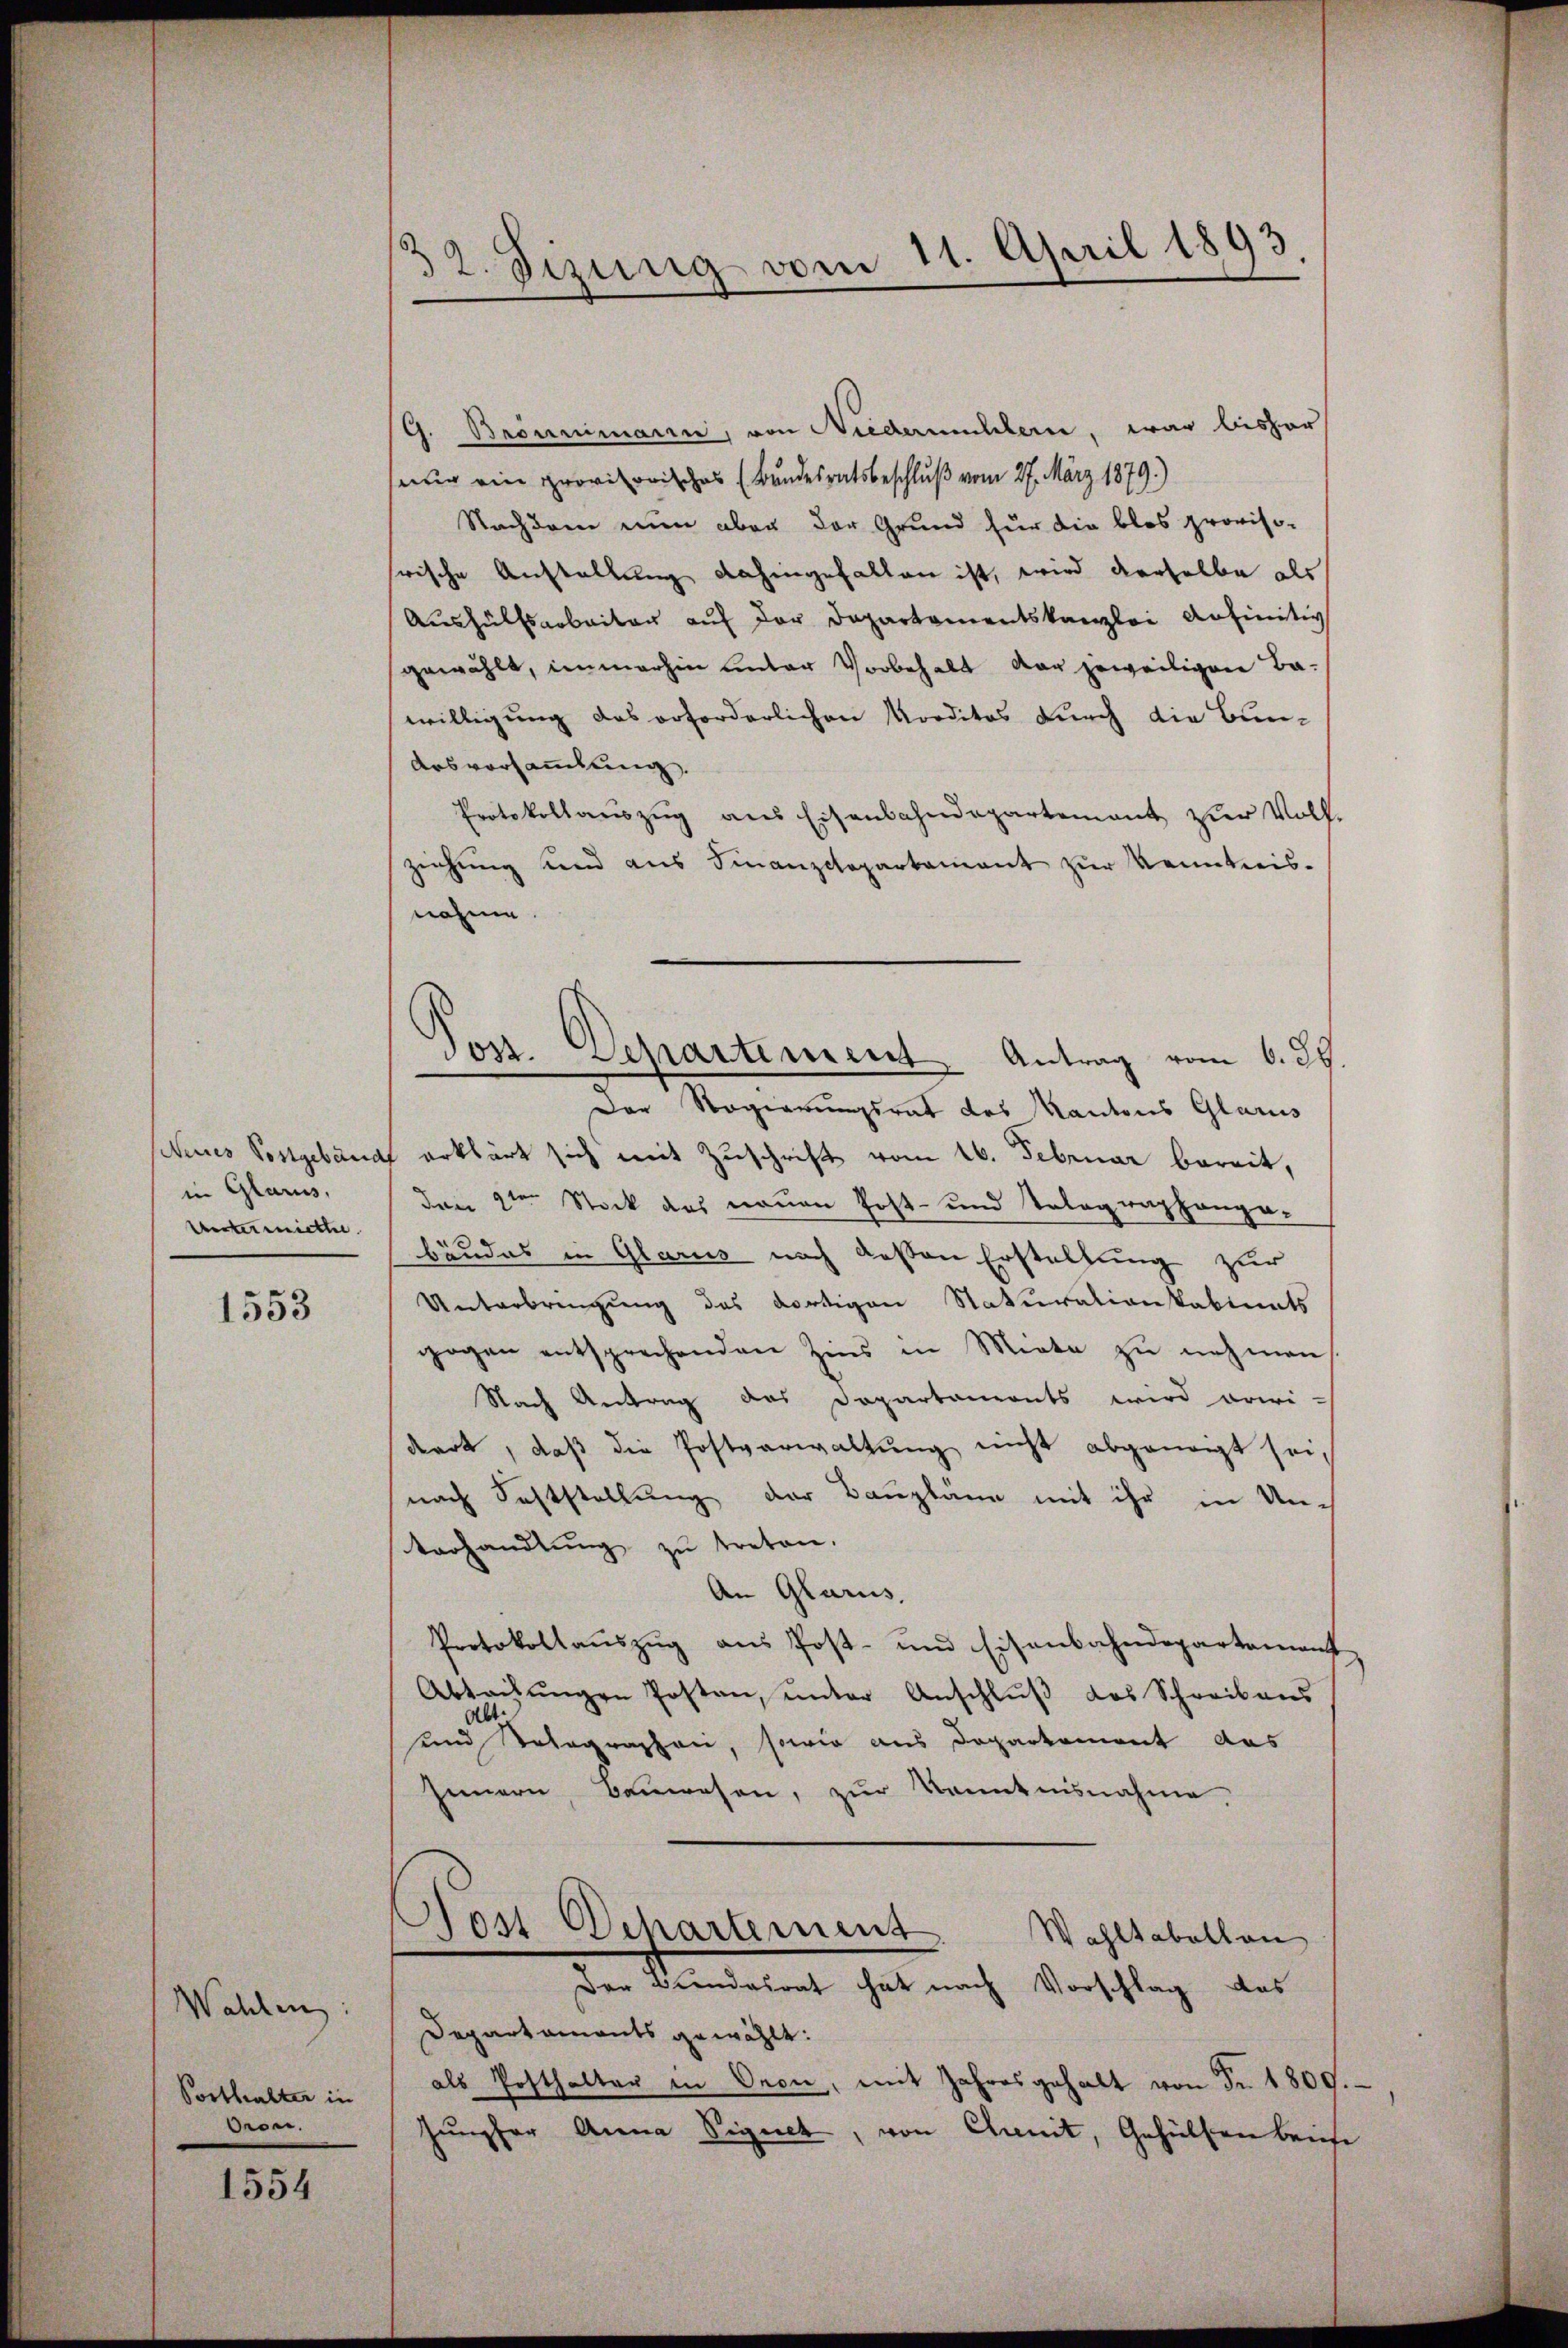
(Meines Postgebäud
in Glarus,
Wintermiethe

1553

Wahlen:
Posthalter in
Oron.

1554

32. Sizung vom 11. April 1893

Post. Separtiment. Antrag vom 6. d.

G. Brömmimann, von Niedermühlern, war bisher
nur ein provisorisches (Bundesratsbeschluß vom 27. März 1879.)
Nachdren nun aber der Grund für die blos provisofrische Anstallung dahingefallen ist, wird derselbe als
Aushülfsarbeiten auf der Departementskanzlei anfinitiv
gewählt, immerhin unter Vorbehalt der jeweiligen Ba-
willigung das erforderlichen Norditas durch die Bun-
Arsvorsammlung
Protokollauszug aus Eisenbahndepartement zur Vollziehung sind aus Finanzcopartament zur Kenntnis-
nahme.
Der Regierungsrat des Kantons Glarus
erklärt sich mit Zuschrift vom 16. Februar bereit,
den 2ten Stock das neuen Post- und Telegraphonga-
bäudes in Glarus nach dessen Erstellung zur
Unterbringung des dortigen Staturationkabinats
gogen entsprechenden Zins in Miete zu nehmen
Nach Antrag des Departaments wird erwi-
diert, daß die Postverwaltung nicht abgeneigt sei,
nach Feststellung der Baupläne mit ihr in Unterhandlŭng zŭ treten.
An Glarus,
Protokollauszug aus Post- und Eisenbahndepartement
Abtaifŭngen Posten, unter Anschluß des Schreibens
Ab
und Kolographen, sowie aus Departement das
Innern, Bauwesen, zur Kenntnisnahme,
Jost Departement.
Wahltabellan
Der Bundesrat hat nach Vorschlag das
Departaments gewählt:
als Posthalter in Oron, mit Jahresgehalt von Fr. 1809.
hupfer Anna Vignet, von Chunit, Gehülfen beise